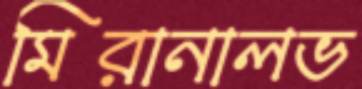
মিরানালভ